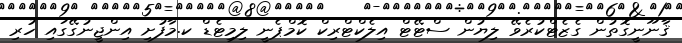
ޤާނޫނީގޮތުން ގެޒެޓްކުރެވޭ ލިޔުން ސްޓޭޓް އިލެކްޓްރިކް ކޮމްޕެނީ ލިމިޓެޑް ކ.މާފުށި އިންޖީނުގޭގައި ހުރި